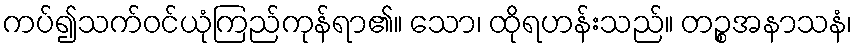
ကပ်၍သက်ဝင်ယုံကြည်ကုန်ရာ၏။ သော၊ ထိုရဟန်းသည်။ တဉ္စအနာသနံ၊